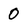
Character: 0